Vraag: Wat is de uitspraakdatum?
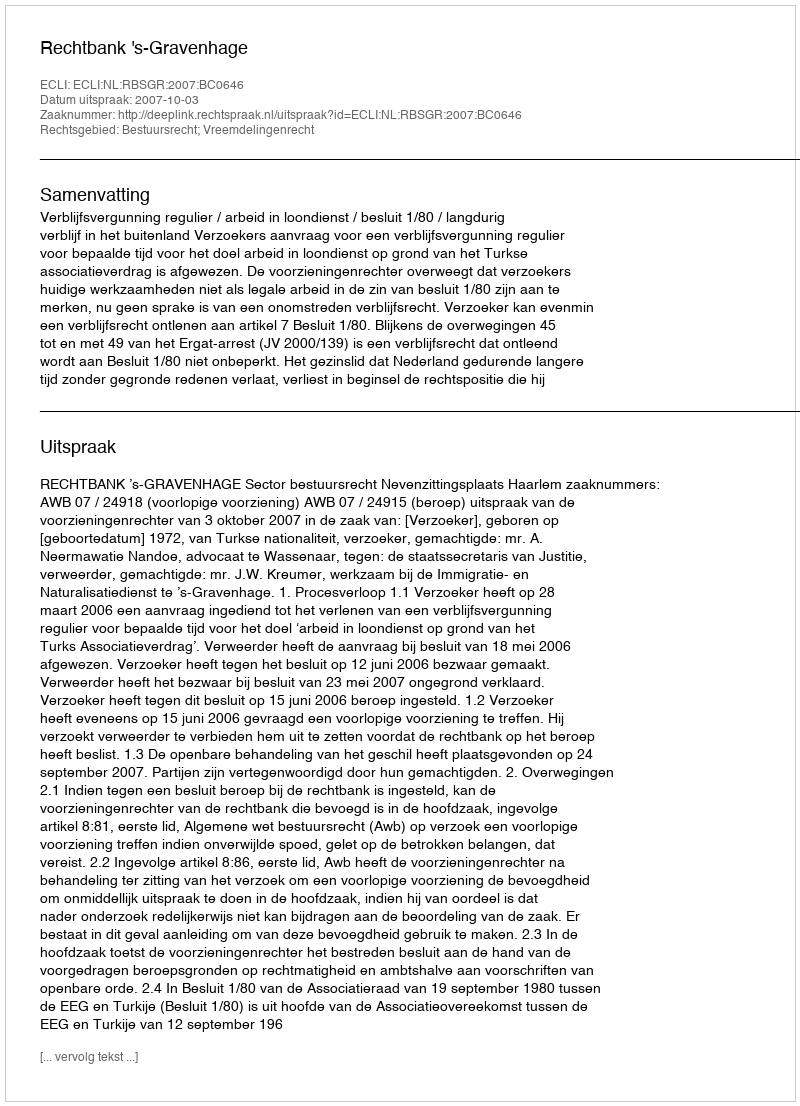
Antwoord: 2007-10-03